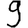
Digit: 9